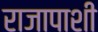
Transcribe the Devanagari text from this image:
राजापाशी